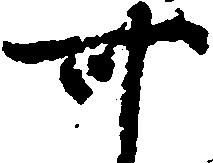
可